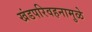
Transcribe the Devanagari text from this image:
खंडपरिवहनामुळे